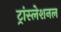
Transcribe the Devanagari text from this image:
ट्रांस्लेशनल